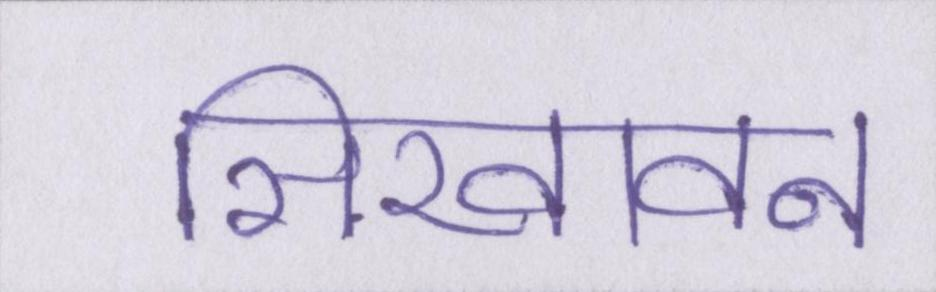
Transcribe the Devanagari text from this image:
सिखावन